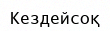
Кездейсоқ